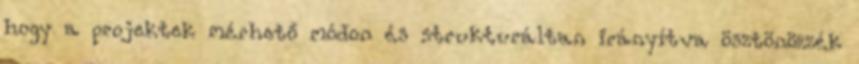
hogy a projektek mérhető módon és strukturáltan irányítva ösztönözzék